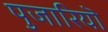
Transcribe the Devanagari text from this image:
पुजारियॊ